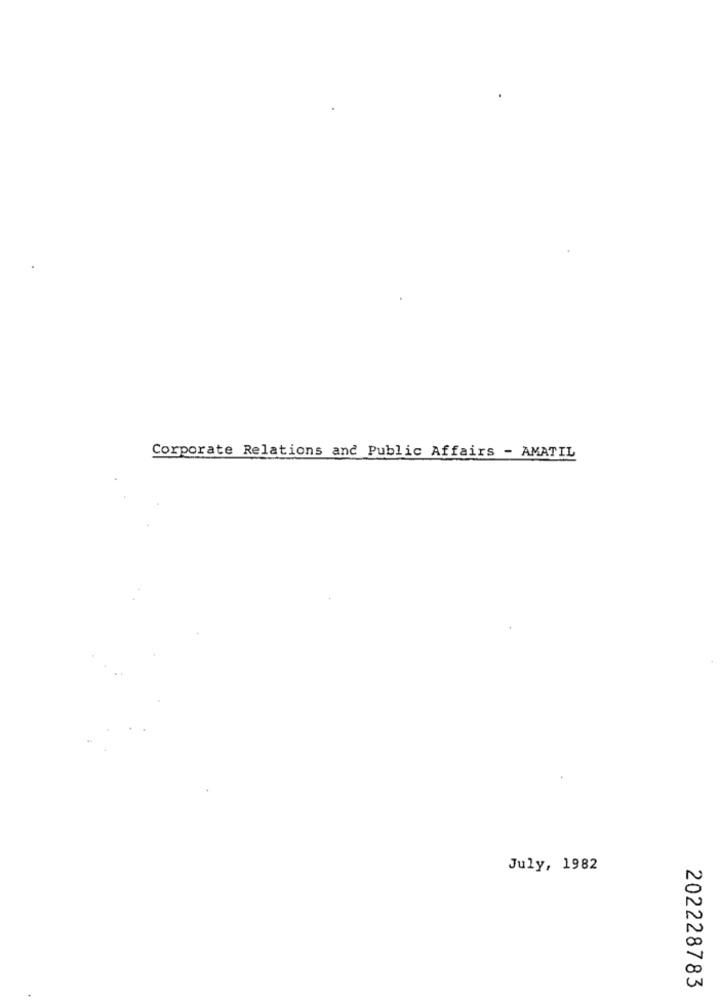
Corporate Relations and Public Affairs - AMATIL
July, 1982
202228783